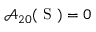
\mathcal { A } _ { 2 0 } ( \mathrm { ~ S ~ } ) = 0